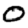
Digit: 0